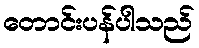
တောင်းပန်ပါသည်